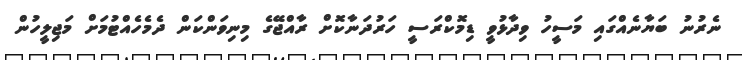
ނެރުނު ބަޔާނެއްގައި މަސީހު ވިދާޅުވީ ޑިމޮކްރަސީ ހަރުދަނާކޮށް ރާއްޖޭގެ މިނިވަންކަން ދެމެހެއްޓުމަށް މަޖިލީހުން